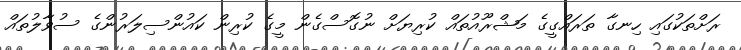
ރަށްތަކުގައި ހިނގާ ތަރައްގީގެ މަޝްރޫއުތައް ކުރިޔަށް ނުގޮސްގެން މީގެ ކުރިން ކައުންސިލަރުންގެ ސުވާލުތައް